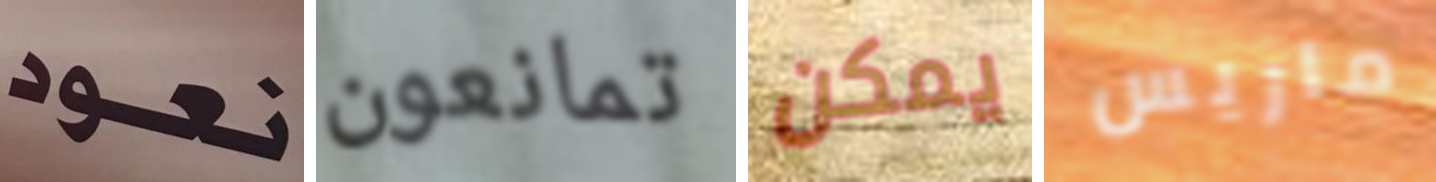
نعود تمانعون يمكن ماريس